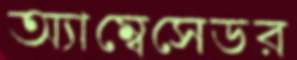
অ্যাম্বেসেডর